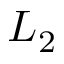
L _ { 2 }